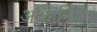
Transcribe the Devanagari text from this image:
अधिानियम